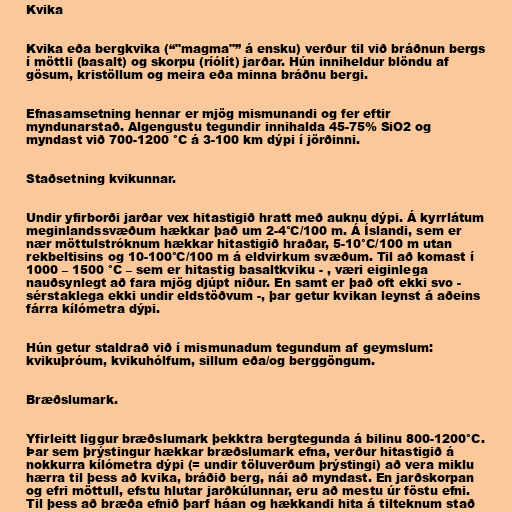
Kvika

Kvika eða bergkvika (“"magma"” á ensku) verður til við bráðnun bergs
í möttli (basalt) og skorpu (ríólít) jarðar. Hún inniheldur blöndu af
gösum, kristöllum og meira eða minna bráðnu bergi.

Efnasamsetning hennar er mjög mismunandi og fer eftir
myndunarstað. Algengustu tegundir innihalda 45-75% SiO2 og
myndast við 700-1200 °C á 3-100 km dýpi í jörðinni.

Staðsetning kvikunnar.

Undir yfirborði jarðar vex hitastigið hratt með auknu dýpi. Á kyrrlátum
meginlandssvæðum hækkar það um 2-4°C/100 m. Á Íslandi, sem er
nær möttulstróknum hækkar hitastigið hraðar, 5-10°C/100 m utan
rekbeltisins og 10-100°C/100 m á eldvirkum svæðum. Til að komast í
1000 – 1500 °C – sem er hitastig basaltkviku - , væri eiginlega
nauðsynlegt að fara mjög djúpt niður. En samt er það oft ekki svo -
sérstaklega ekki undir eldstöðvum -, þar getur kvikan leynst á aðeins
fárra kílómetra dýpi.

Hún getur staldrað við í mismunadum tegundum af geymslum:
kvikuþróum, kvikuhólfum, sillum eða/og berggöngum.

Bræðslumark.

Yfirleitt liggur bræðslumark þekktra bergtegunda á bilinu 800-1200°C.
Þar sem þrýstingur hækkar bræðslumark efna, verður hitastigið á
nokkurra kílómetra dýpi (= undir töluverðum þrýstingi) að vera miklu
hærra til þess að kvika, bráðið berg, nái að myndast. En jarðskorpan
og efri möttull, efstu hlutar jarðkúlunnar, eru að mestu úr föstu efni.
Til þess að bræða efnið þarf háan og hækkandi hita á tilteknum stað